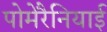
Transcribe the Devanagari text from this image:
पोमेरैनियाई